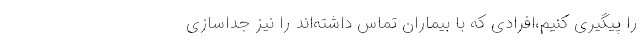
را پیگیری کنیم،افرادی که با بیماران تماس داشته‌اند را نیز جداسازی